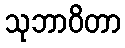
သုဘာဝိတာ